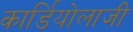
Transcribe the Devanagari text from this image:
कार्डियोलाजी